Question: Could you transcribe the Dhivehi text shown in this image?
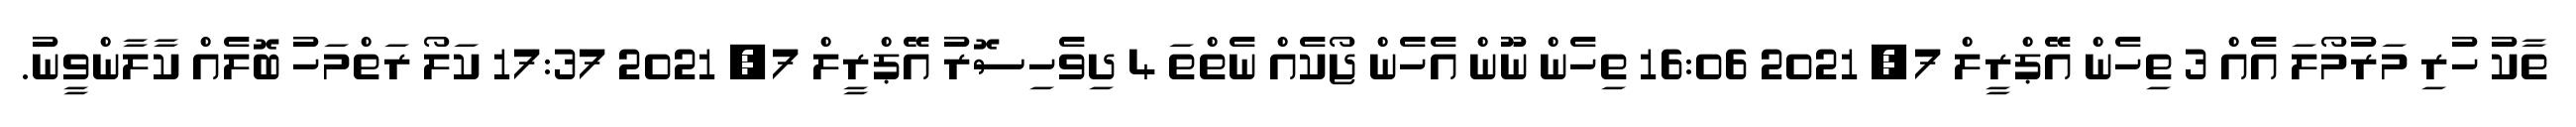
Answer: ތާކު ހުރި މަރުމޯލަ އެއް 3 ތިހެން އޭޕްރީލް 7, 2021 16:06 ތިހެން ނޫން އެހެން ޖޯކެއް ނެތްތަ 4 ދިވެހިސޮރު އޭޕްރީލް 7, 2021 17:37 ކަލޯ ރަތްމަހު ބޮލެއް ކާލާންވީނު.